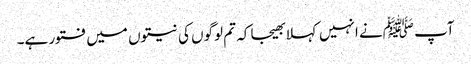
آپ ﷺنے انہیں کہلا بھیجا کہ تم لوگوں کی نیتوں میں فتور ہے۔